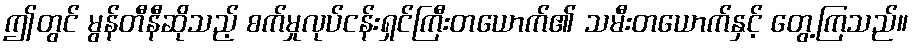
ဤတွင် မွန်တီနီဆိုသည့် စက်မှုလုပ်ငန်းရှင်ကြီးတယောက်၏ သမီးတယောက်နှင့် တွေ့ကြသည်။